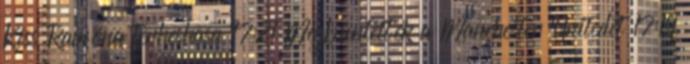
Kiss Ramóna terheshasa 17:21 Megbüntették a Manchester Unitedet 17:19